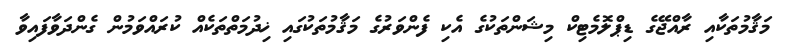
މަޤާމުތަކާއި ރާއްޖޭގެ ޑިޕްލޮމެޓިކް މިޝަންތަކުގެ އެކި ފެންވަރުގެ މަޤާމުތަކުގައި ޚިދުމަތްތަކެއް ކުރައްވަމުން ގެންދަވާފައިވާ